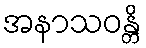
အနာသဝန္တိ